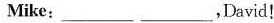
Mike:___ ____,David!